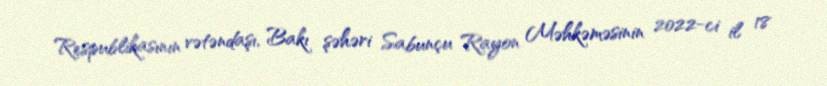
Respublikasının vətəndaşı, Bakı şəhəri Sabunçu Rayon Məhkəməsinin 2022-ci il 18